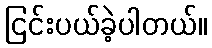
ငြင်းပယ်ခဲ့ပါတယ်။